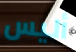
أليس